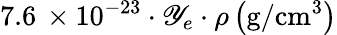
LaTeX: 7.6\, \times10^{-23}\cdot\mathscr{Y}_{e}\cdot\rho\left(\mathrm{{g/cm^{3}}}\right)